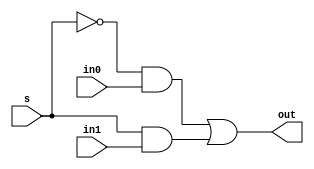
module mux2_1(
	input  wire in0,
	input  wire in1,
	input  wire s,
	output wire out
);
	assign out = (~s & in0) | (s & in1);
endmodule